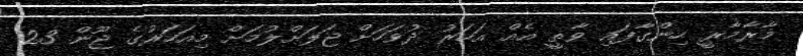
މާރާމާރީ ހިންގާފައި ވާތީ އެއް އަހަރު ދުވަހަށް ޖަލަށްލުމަށް މިއަހަރުގެ ޖޫން 23